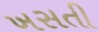
ખસતી